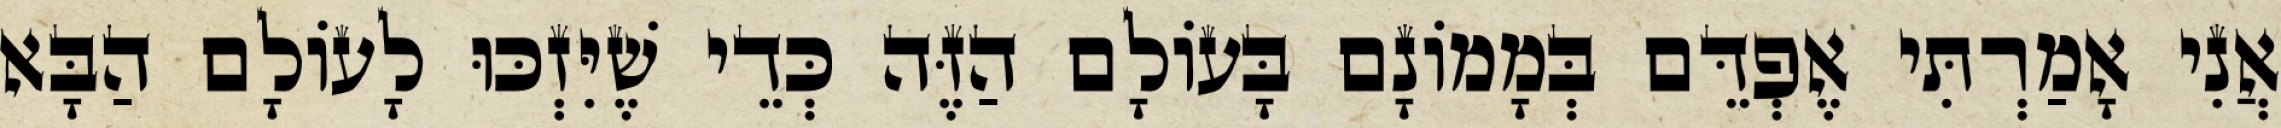
אֲנִי אָמַרְתִּי אֶפְדֵּם בְּמָמוֹנָם בָּעוֹלָם הַזֶּה כְּדֵי שֶׁיִּזְכּוּ לָעוֹלָם הַבָּא